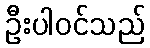
ဦးပါဝင်သည်